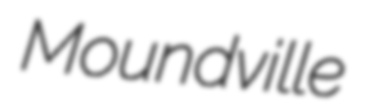
Moundville